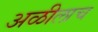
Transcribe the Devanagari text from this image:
अळीलाच